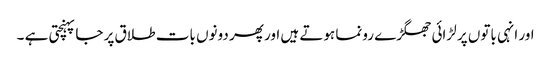
اور انہی باتوں پر لڑائی جھگڑے رونما ہوتے ہیں اور پھر دونوں بات طلاق پر جا پہنچتی ہے ۔